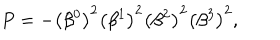
P = - \left( \beta ^ { 0 } \right) ^ { 2 } \left( \beta ^ { 1 } \right) ^ { 2 } \left( \beta ^ { 2 } \right) ^ { 2 } \left( \beta ^ { 3 } \right) ^ { 2 } ,